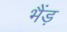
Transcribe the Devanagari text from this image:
भैंड़